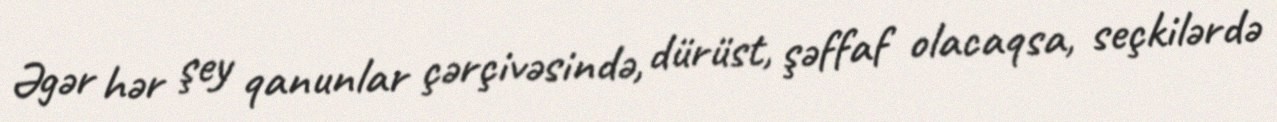
Əgər hər şey qanunlar çərçivəsində, dürüst, şəffaf olacaqsa, seçkilərdə